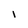
Character: i